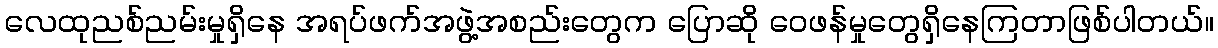
လေထုညစ်ညမ်းမှုရှိနေ အရပ်ဖက်အဖွဲ့အစည်းတွေက ပြောဆို ဝေဖန်မှုတွေရှိနေကြတာဖြစ်ပါတယ်။